Insane asylums in Bengal annual reports 1867-1875 - 1867-1875
Year: 1867
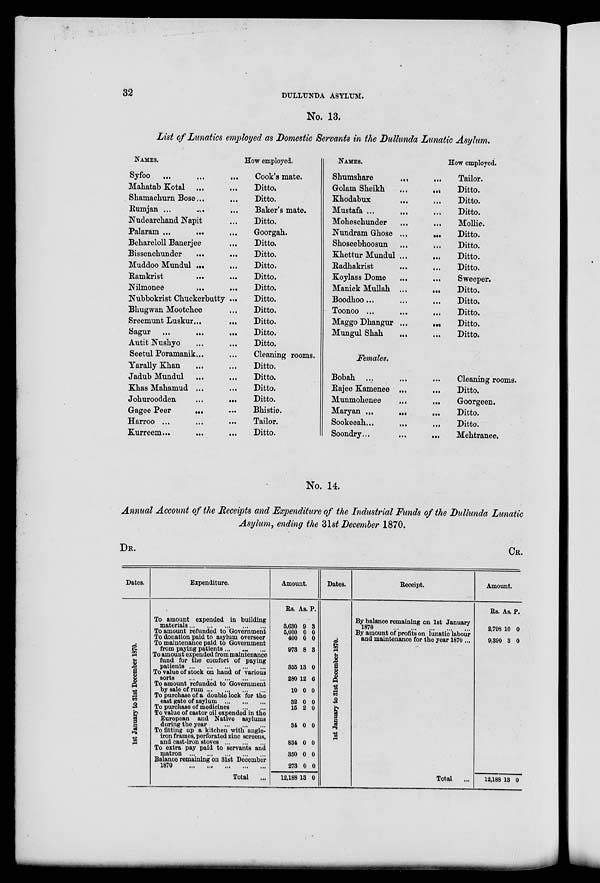
32
DULLUNDA ASYLUM.
No. 13.
List of Lunatics employed as Domestic Servants in the Dullunda Lunatic Asylum.
NAMES.
Syfoo ...
...
...
Mahatab Kotal ...
...
Shamachurn Bose ... ...
Rumjan ... ... ...
Nudearchand Napit ...
Palaram ...
...
...
Behareloll Banerjee
...
Bissenchunder ...
Muddoo Mundul ...
Ramkrist
...
...
Nilmonee
...
...
Nubbokrist Chuckerbutty ...
Bhugwan Mootchee ...
Sreemunt Luskur... ...
Sagur ...
...
...
Autit Nushyo ... ...
Seetul Poramanik... ...
Yarally Khan ... ...
Jadub Mundul ... ...
Khas Mahamud ... ...
Johuroodden
...
...
Gragee Peer
... ...
Harroo ... ... ...
Kurreem...
...
...
How employed.
Cook's mate.
Ditto.
Ditto.
Baker's mate.
Ditto.
Goorgah.
Ditto.
Ditto.
Ditto.
Ditto.
Ditto.
Ditto.
Ditto.
Ditto.
Ditto.
Ditto.
Cleaning room
Ditto.
Ditto.
Ditto.
Ditto.
Bhistie.
Tailor.
Ditto.
NAMES.
Shumshare
...
...
Golam Sheikh
...
...
Khodabux ... ...
Mustafa ...
...
Moheschunder
...
...
Nundram Ghose ...
...
Shoseebhoosun
...
...
Khettur Mundul ...
...
Radhakrist ... ...
Koylass Dome ... ...
Manick Mullah ...
...
Boodhoo
...
...
...
Toonoo
...
...
...
Maggo Dhangur ...
...
Mungul Shah
...
Females.
Bobah ...
... ...
Rajee Kamenee ...
Munmohenee ... ...
Maryan ... ... ...
Sookeeah
...
...
...
Soondry...
...
...
How employed.
Tailor.
Ditto.
Ditto.
Ditto.
Mollie.
Ditto.
Ditto.
Ditto.
Ditto.
Sweeper.
Ditto.
Ditto.
Ditto.
Ditto.
Ditto.
Cleaning rooms.
Ditto.
Goorgeen.
Ditto.
Ditto.
Mehtranee.
No. 14.
Annual Account of the Receipts and Expenditure of the Industrial Funds of the Dullunda Lunatic
Asylum, ending the 31st December 1870.
DR.
Dates.
1st J anuar y to 31st De c e mb e r 1870.
Expenditure.
To amount expended in building
materials ... ... ... ... ...
To amount refunded to Government
To donation paid to asylum overseer
To maintenance paid to Government
from paying patients ... ... ...
To amount expended from maintenance
fund for the comfort of paying
patients
...
...
...
...
...
To value of stock on hand of various
sorts
...
...
...
...
...
To amount refunded to Government
by sale of rum ... ... ... ...
To purchase of a double look for the
east gate of asylum
...
...
...
To purchase of medicines
...
...
To value of castor oil expended in the
European and Native asylums
during the year
...
...
...
To fitting up a kitchen with angle-
iron frames, perforated zinc screens,
and cast-iron stoves ... ... ...
To extra pay paid to servants and
matron
...
...
...
...
...
Balance remaining on 31st December
1870
...
...
...
...
...
Total ...
Amount.
Rs.
3,630
5,000
400
973
355
280
10
32
15
34
834
350
273
12,188
As.
9
0
0
8
13
12
0
0
2
0
0
0
0
13
P.
3
0
0
3
0
6
0
0
0
0
0
0
0
0
Dates.
1st J anuar y to 31st De c e mb e r 1870.
Receipt.
By balance remaining on 1st January
1870
...
...
...
...
...
By amount of profits on lunatic labour
and maintenance for the year 1870...
Total ...
CR.
Amount.
Rs.
2,798
9,390
As.
10
3
P.
0
0
12,188 13 0